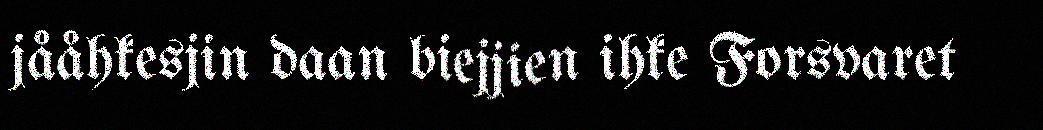
jååhkesjin daan biejjien ihke Forsvaret